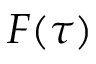
F ( \tau )